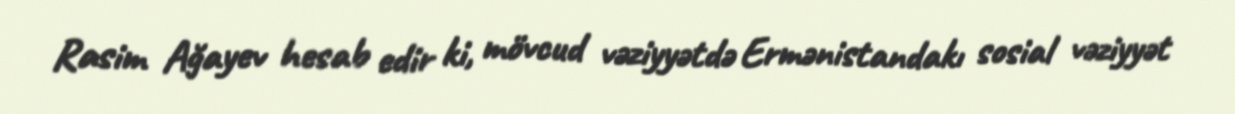
Rasim Ağayev hesab edir ki, mövcud vəziyyətdə Ermənistandakı sosial vəziyyət